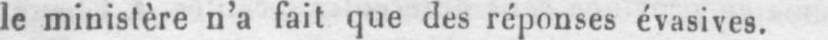
le ministère n’a fait que des réponses évasives.